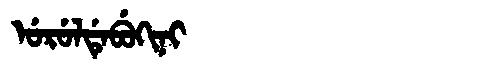
Manchu: ᡠᡵᡠᠯᡩᡝᠪᡠᡴᡳᠨᡳ
Romanization: URULDEBUKINI